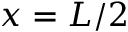
x = L / 2